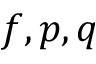
f , p , q